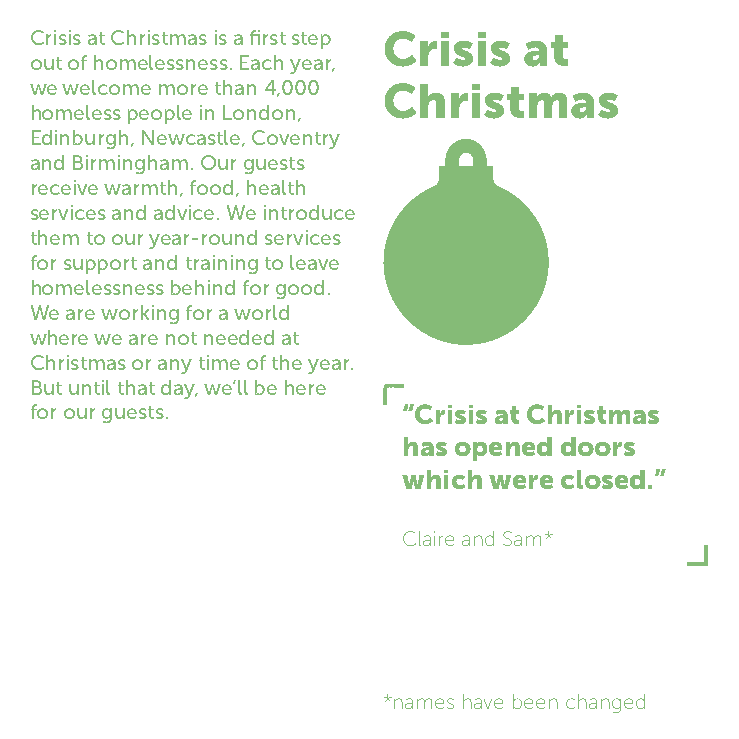
Crisis at Christmas is a first step Crisis at
 out of homelessness. Each year,
 we welcome more than 4,000 Christmas
 homeless people in London,
 Edinburgh, Newcastle, Coventry
 and Birmingham. Our guests
 receive warmth, food, health
 services and advice. We introduce
 them to our year-round services
 for support and training to leave
 homelessness behind for good.
 We are working for a world
 where we are not needed at
 Christmas or any time of the year.
 But until that day, we’ll be here
 for our guests.          “Crisis at Christmas
 has opened doors
 which were closed.”
 Claire and Sam*
 *names have been changed